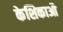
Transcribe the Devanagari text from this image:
केशिकाऔ